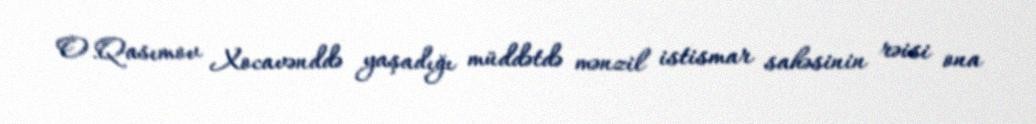
O.Qasımov Xocavənddə yaşadığı müddətdə mənzil istismar sahəsinin rəisi ona